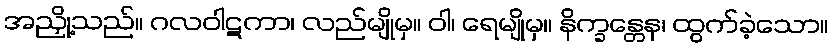
အညှို့သည်။ ဂလဝါဋကာ၊ လည်မျိုမှ။ ဝါ၊ ရေမျိုမှ။ နိက္ခန္တေန၊ ထွက်ခဲ့သော။